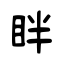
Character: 眫